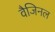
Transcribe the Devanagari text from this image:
वैजिनल